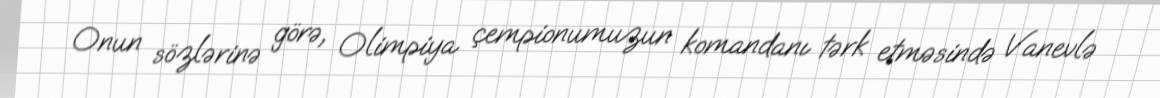
Onun sözlərinə görə, Olimpiya çempionumuzun komandanı tərk etməsində Vanevlə